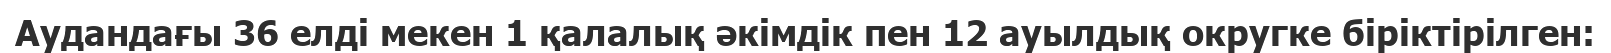
Аудандағы 36 елді мекен 1 қалалық әкімдік пен 12 ауылдық округке біріктірілген: